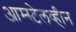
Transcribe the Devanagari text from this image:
आम्स्टेलव्हीन